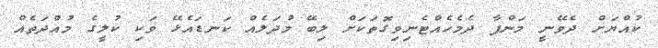
ކުއްޔަށް ދެވޭނީ މަންފާ ދެމެހެއްޓެނިވިގޮތަކަށް ލިބޭ މުދަލެއް ކަނޑައެޅޭ ވަކި ކުލީގެ މުއްދަތެއް